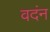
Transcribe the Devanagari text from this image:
वदंन